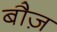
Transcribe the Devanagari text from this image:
बौज़